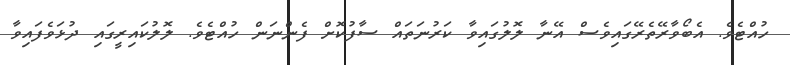
ހުއްޓެވެ. އެބޯވާރޭތެރޭގައިވެސް އޭނާ ލޮލުގައިވާ ކަރުނަތައް ސާފުކޮށް ފެންނަން ހުއްޓެވެ. ލޮލުކައިރީގައި ދުޅަވެފައިވާ